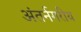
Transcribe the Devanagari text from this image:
अंतर्नगरीय